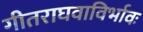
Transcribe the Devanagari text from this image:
गीतराघवाविर्भावः